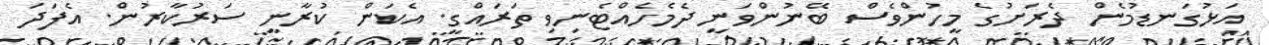
އަޅުގަނޑުމެން ދެރަށުގެ މީހުންވެސް ބޭނުންވަނީ ދެމެހެއްޓެނިވި ތަރައްގީ. އެކަން ކުރާނީ ސަރުކާރުން. އެފަދަ